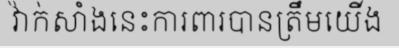
វ៉ាក់សាំងនេះការពារបានត្រឹមយើង